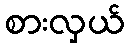
စားလှယ်